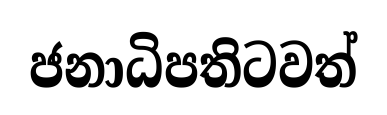
ජනාධිපතිටවත්